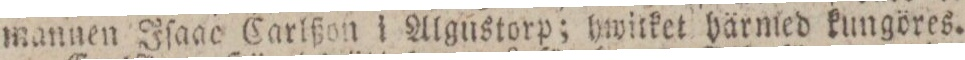
mannen Iſaac Carlßon i Algustorp; hwitket härmed kungöres.